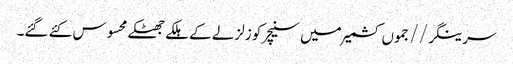
سرینگر//جموں کشمیر میں سنیچر کو زلزلے کے ہلکے جھٹکے محسوس کئے گئے۔